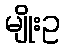
မျိုးဥ